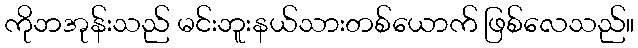
ကိုဘအုန်းသည် မင်းဘူးနယ်သားတစ်ယောက် ဖြစ်လေသည်။